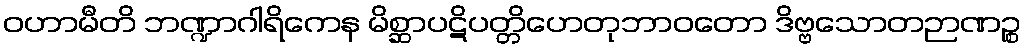
ဝဟာမီတိ ဘဏ္ဍာဂါရိကေန မိစ္ဆာပဋိပတ္တိဟေတုဘာဝတော ဒိဗ္ဗသောတဉာဏဉ္စ